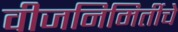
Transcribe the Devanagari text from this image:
वीजनिमिर्तीचे